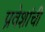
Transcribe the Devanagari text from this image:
प्रवेशांची